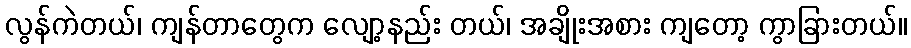
လွန်ကဲတယ်၊ ကျန်တာတွေက လျော့နည်း တယ်၊ အချိုးအစား ကျတော့ ကွာခြားတယ်။